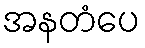
အနတံပေ